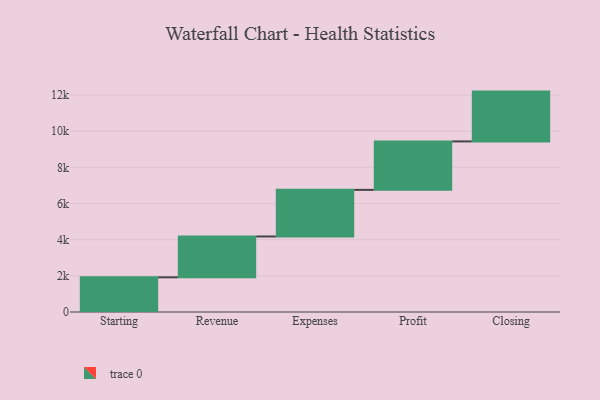
{"axis": {"x": "Step", "y": "Value"}, "legend": [""], "data": [{"x": "Starting", "y": 1918.0, "type": ""}, {"x": "Revenue", "y": 2259.0, "type": ""}, {"x": "Expenses", "y": 2578.0, "type": ""}, {"x": "Profit", "y": 2680.0, "type": ""}, {"x": "Closing", "y": 2755.0, "type": ""}]}